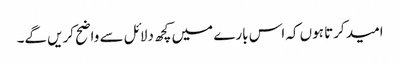
امید کرتا ہوں کہ اس بارے میں کچھ دلائل سے واضح کریں گے۔